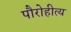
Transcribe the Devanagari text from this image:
पौरोहीत्य